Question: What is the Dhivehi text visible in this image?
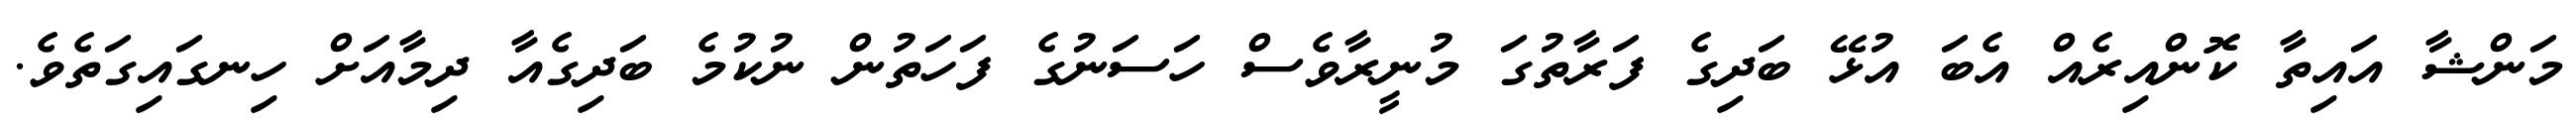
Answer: މަންޝާ އައިތާ ކޮންއިރެއް އެބަ އުޅޭ ބަދިގެ ފަރާތުގަ މުނީރާވެސް ހަސަނުގެ ފަހަތުން ނުކުމެ ބަދިގެއާ ދިމާއަށް ހިނގައިގަތެވެ.